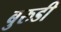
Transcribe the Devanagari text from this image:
बुरुडी